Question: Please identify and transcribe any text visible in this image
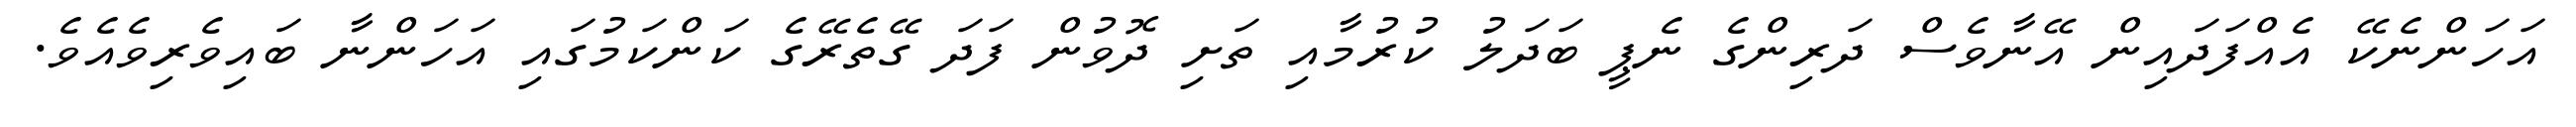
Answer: އަހަންނެކޭ އެއްފަދައިން އޭނާވެސް ދަރިންގެ ނެޕީ ބަދަލު ކުރުމާއި ތަށި ދޮވުން ފަދަ ގޭތެރޭގެ ކަންކަމުގައި އަހަންނާ ބައިވެރިވެއެވެ.